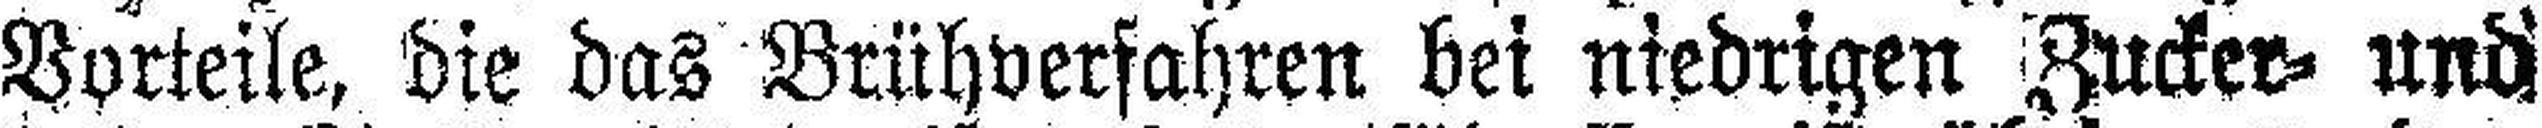
Vorteile, die das Brühverfahren bei niedrigen Zucker= und